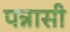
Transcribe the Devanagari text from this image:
पन्नासी